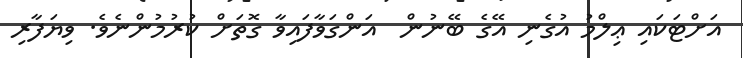
އަށްޓަކައި ޢިލްމު އުގެނި އޭގެ ބޭނުން  އަންގަވާފައިވާ ގޮތަށް ކުރުމުންނެވެ. ވިޔަފާރި